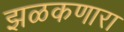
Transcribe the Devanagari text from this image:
झळकणारा